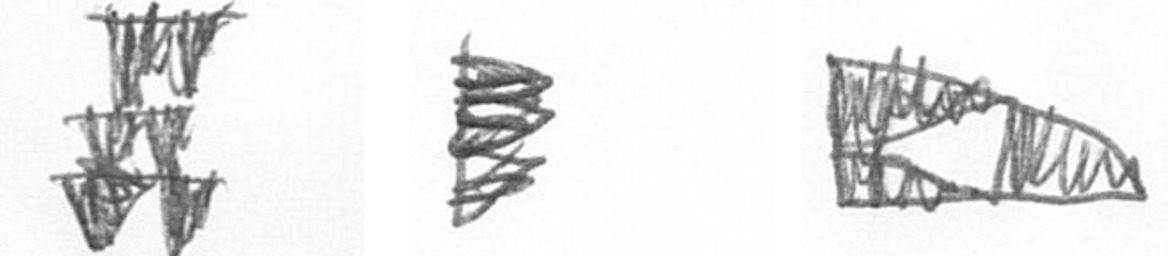
Y H K